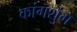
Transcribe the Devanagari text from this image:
कांगशुंग